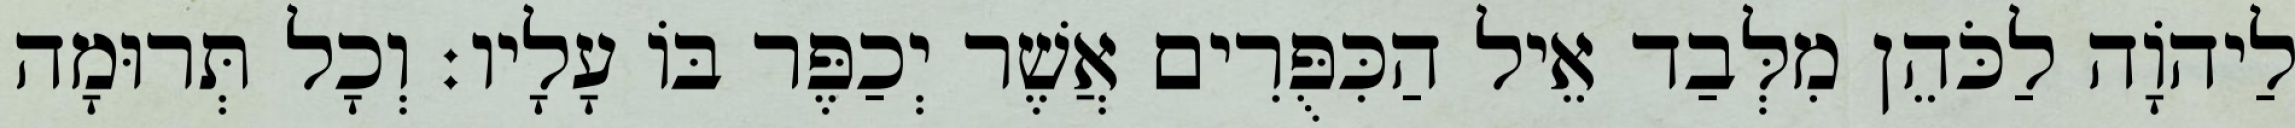
לַיהוָֹה לַכֹּהֵן מִלְּבַד אֵיל הַכִּפֻּרִים אֲשֶׁר יְכַפֶּר בּוֹ עָלָיו׃ וְכָל תְּרוּמָה